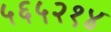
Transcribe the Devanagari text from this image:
५६५२१४